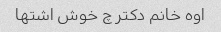
اوه خانم دکتر چ خوش اشتها